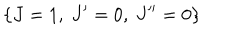
LaTeX: \left\{ J = 1 , \ J ^ { \prime } = 0 , \ J ^ { \prime \prime } = 0 \right\}